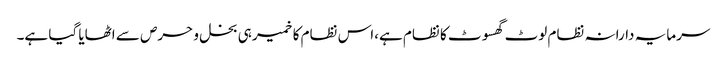
سرمایہ دارانہ نظام لوٹ گھسوٹ کا نظام ہے،اس نظام کا خمیر ہی بخل و حرص سے اٹھایا گیا ہے۔